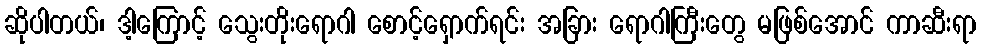
ဆိုပါတယ်၊ ဒါ့ကြောင့် သွေးတိုးရောဂါ စောင့်ရှောက်ရင်း အခြား ရောဂါကြီးတွေ မဖြစ်အောင် ကာဆီးရာ